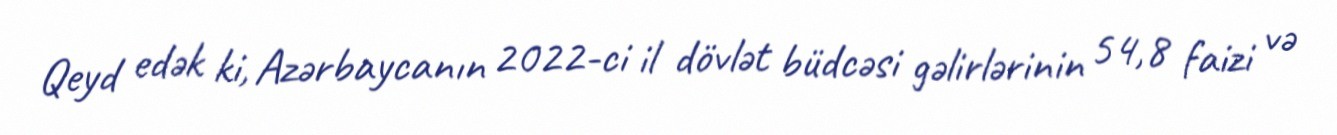
Qeyd edək ki, Azərbaycanın 2022-ci il dövlət büdcəsi gəlirlərinin 54,8 faizi və